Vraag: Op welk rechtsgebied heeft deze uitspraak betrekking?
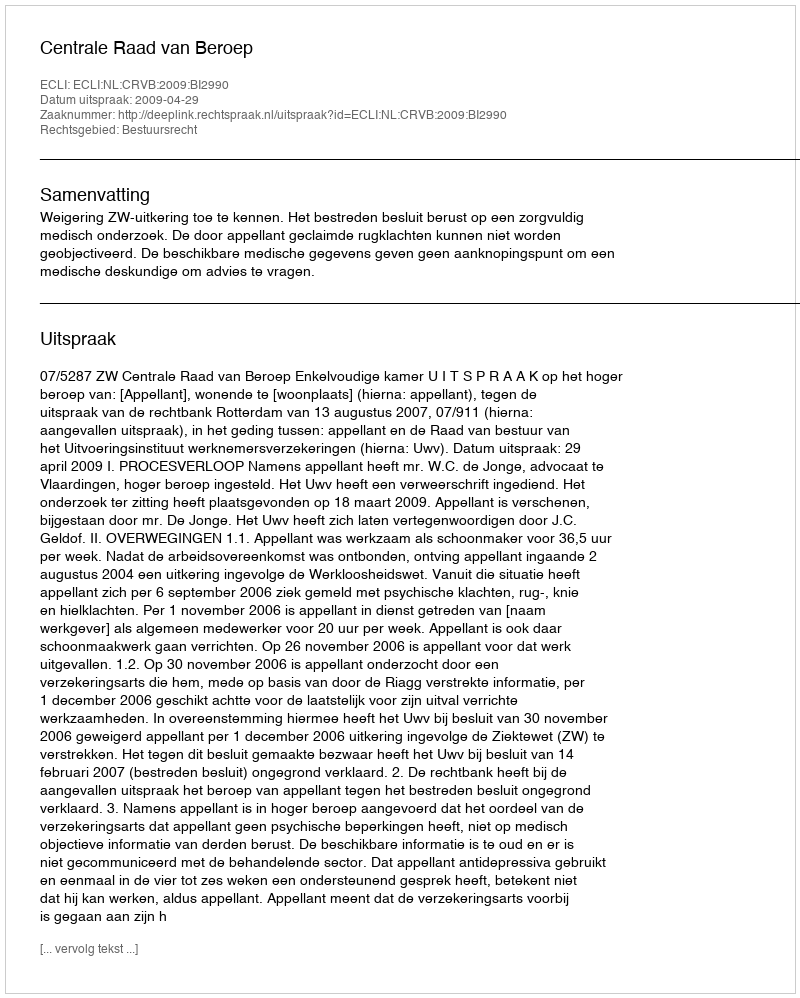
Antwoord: Bestuursrecht